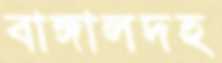
বাঙ্গালদহ